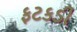
ફટકડી